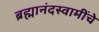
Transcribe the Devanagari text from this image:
ब्रह्मानंदस्वामींचे